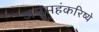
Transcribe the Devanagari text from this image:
जपमहंकरिष्ये